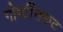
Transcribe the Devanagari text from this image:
गोष्टींसकट